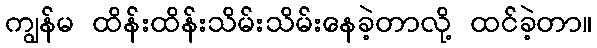
ကျွန်မ ထိန်းထိန်းသိမ်းသိမ်းနေခဲ့တာလို့ ထင်ခဲ့တာ။